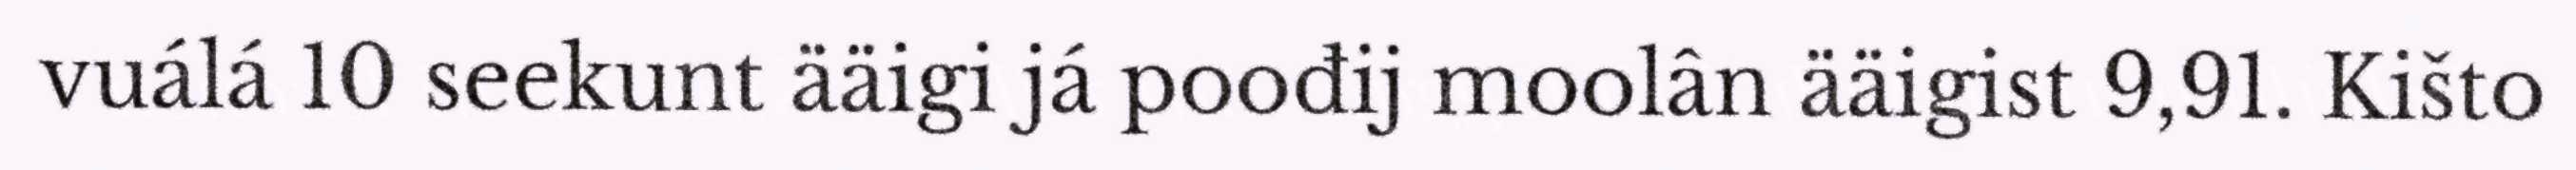
vuálá 10 seekunt ääigi já poođij moolân ääigist 9,91. Kišto